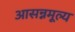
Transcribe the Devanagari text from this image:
आसन्नमूल्य